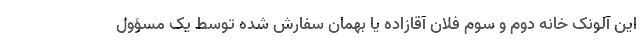
این آلونک خانه دوم و سوم فلان آقازاده یا بهمان سفارش شده توسط یک مسؤول